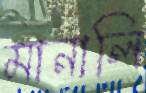
মানালি